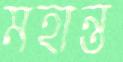
মহান্ত